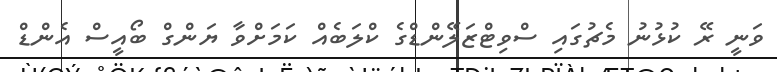
ވަނީ ރޭ ކުޅުނު މެޗުގައި ސްވިޓްޒަލޭންޑްގެ ކްލަބެއް ކަމަށްވާ ޔަންގް ބޯއީސް އެންޑް